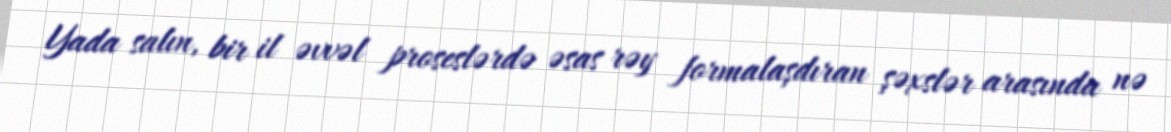
Yada salın, bir il əvvəl proseslərdə əsas rəy formalaşdıran şəxslər arasında nə